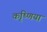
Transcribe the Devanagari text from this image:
कृष्णिया